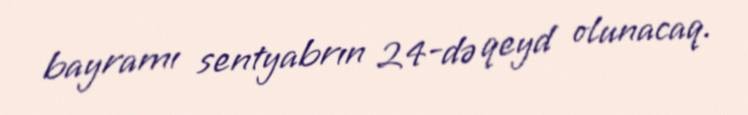
bayramı sentyabrın 24-də qeyd olunacaq.